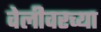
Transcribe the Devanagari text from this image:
वेलीवरच्या